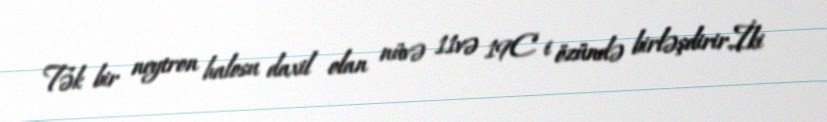
Tək bir neytron halosu daxil olan nüvə 11və 19C i özündə birləşdirir.İki